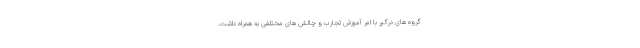
گروه های درگیر با امر آموزش تجارب و چالش های مختلفی به همراه داشت.